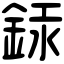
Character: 銾